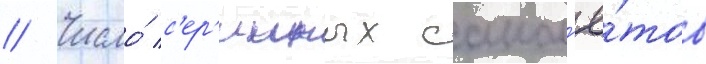
// Число́ с'ер'ииных самол'ё́тов